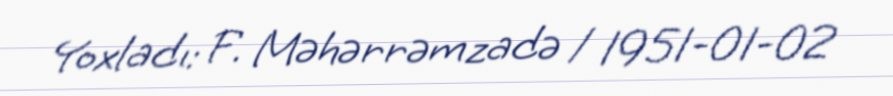
Yoxladı: F. Məhərrəmzadə / 1951-01-02